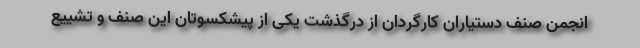
انجمن صنف دستیاران کارگردان از درگذشت یکی از پیشکسوتان این صنف و تشییع